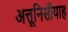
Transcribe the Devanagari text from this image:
अत्तूनिसीयाह